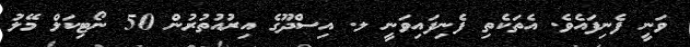
ވަނީ ފެނިފައެވެ. އެތަކެތި ފެނިފައިވަނީ ލ. އިސްދޫގެ އިރުއުތުރުން 50 ނޯޓިކަލް މޭލު